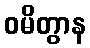
ဝမိတွာန